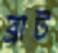
ব্রাট